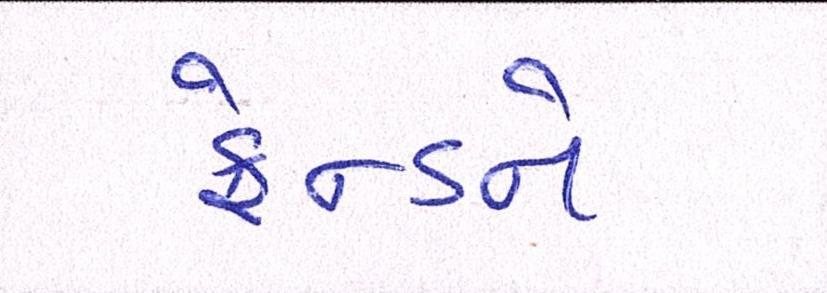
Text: ફ્રેન્ડને